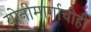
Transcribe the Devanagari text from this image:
योनीमार्गाचीही